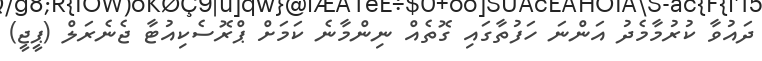
ދައުވާ ކުރުމާމެދު އަންނަ ހަފުތާގައި ގޮތެއް ނިންމާނެ ކަމަށް ޕްރޮސެކިއުޓާ ޖެނެރަލް (ޕީޖީ)